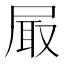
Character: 𡱾